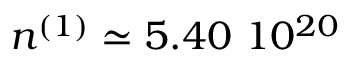
n ^ { ( 1 ) } \simeq 5 . 4 0 \ 1 0 ^ { 2 0 }